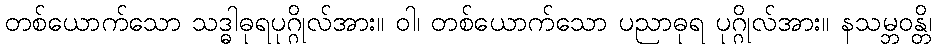
တစ်ယောက်သော သဒ္ဓါဓုရပုဂ္ဂိုလ်အား။ ဝါ၊ တစ်ယောက်သော ပညာဓုရ ပုဂ္ဂိုလ်အား။ နသမ္ဘဝန္တိ၊